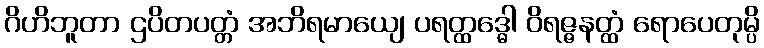
ဂိဟိဘူတာ ဌပိတပတ္တံ အဘိရမာယျေ ပရတ္ထဒ္ဓေါ ဝိရဇ္ဇနတ္ထံ ရောပေတုမ္ပိ